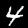
Digit: 4